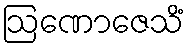
ဩဏောဇေသိံ